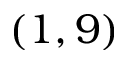
( 1 , 9 )